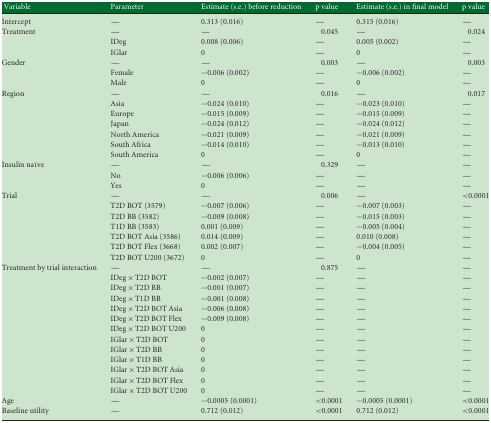
<table><thead><tr><td><b>Variable</b></td><td><b>Parameter</b></td><td><b>Estimate (s.e.) before reduction</b></td><td><b>p value</b></td><td><b>Estimate (s.e.) in final model</b></td><td><b>p value</b></td></tr></thead><tbody><tr><td>Intercept</td><td>—</td><td>0.313 (0.016)</td><td>—</td><td>0.315 (0.016)</td><td>—</td></tr><tr><td>Treatment</td><td>—</td><td>—</td><td>0.045</td><td>—</td><td>0.024</td></tr><tr><td></td><td>IDeg</td><td>0.008 (0.006)</td><td>—</td><td>0.005 (0.002)</td><td>—</td></tr><tr><td></td><td>IGlar</td><td>0</td><td>—</td><td>0</td><td>—</td></tr><tr><td>Gender</td><td>—</td><td>—</td><td>0.003</td><td>—</td><td>0.003</td></tr><tr><td></td><td>Female</td><td>−0.006 (0.002)</td><td>—</td><td>−0.006 (0.002)</td><td>—</td></tr><tr><td></td><td>Male</td><td>0</td><td>—</td><td>0</td><td>—</td></tr><tr><td>Region</td><td>—</td><td>—</td><td>0.016</td><td>—</td><td>0.017</td></tr><tr><td></td><td>Asia</td><td>−0.024 (0.010)</td><td>—</td><td>−0.023 (0.010)</td><td>—</td></tr><tr><td></td><td>Europe</td><td>−0.015 (0.009)</td><td>—</td><td>−0.015 (0.009)</td><td>—</td></tr><tr><td></td><td>Japan</td><td>−0.024 (0.012)</td><td>—</td><td>−0.024 (0.012)</td><td>—</td></tr><tr><td></td><td>North America</td><td>−0.021 (0.009)</td><td>—</td><td>−0.021 (0.009)</td><td>—</td></tr><tr><td></td><td>South Africa</td><td>−0.014 (0.010)</td><td>—</td><td>−0.013 (0.010)</td><td>—</td></tr><tr><td></td><td>South America</td><td>0</td><td>—</td><td>0</td><td>—</td></tr><tr><td>Insulin naïve</td><td>—</td><td>—</td><td>0.329</td><td>—</td><td>—</td></tr><tr><td></td><td>No</td><td>−0.006 (0.006)</td><td>—</td><td>—</td><td>—</td></tr><tr><td></td><td>Yes</td><td>0</td><td>—</td><td>—</td><td>—</td></tr><tr><td>Trial</td><td>—</td><td>—</td><td>0.006</td><td>—</td><td>&lt;0.0001</td></tr><tr><td></td><td>T2D BOT (3579)</td><td>−0.007 (0.006)</td><td>—</td><td>−0.007 (0.003)</td><td>—</td></tr><tr><td></td><td>T2D BB (3582)</td><td>−0.009 (0.008)</td><td>—</td><td>−0.015 (0.003)</td><td>—</td></tr><tr><td></td><td>T1D BB (3583)</td><td>0.001 (0.009)</td><td>—</td><td>−0.005 (0.004)</td><td>—</td></tr><tr><td></td><td>T2D BOT Asia (3586)</td><td>0.014 (0.009)</td><td>—</td><td>0.010 (0.008)</td><td>—</td></tr><tr><td></td><td>T2D BOT Flex (3668)</td><td>0.002 (0.007)</td><td>—</td><td>−0.004 (0.005)</td><td>—</td></tr><tr><td></td><td>T2D BOT U200 (3672)</td><td>0</td><td>—</td><td>0</td><td>—</td></tr><tr><td>Treatment by trial interaction</td><td>—</td><td>—</td><td>0.875</td><td>—</td><td>—</td></tr><tr><td></td><td>IDeg × T2D BOT</td><td>−0.002 (0.007)</td><td>—</td><td>—</td><td>—</td></tr><tr><td></td><td>IDeg × T2D BB</td><td>−0.001 (0.007)</td><td>—</td><td>—</td><td>—</td></tr><tr><td></td><td>IDeg × T1D BB</td><td>−0.001 (0.008)</td><td>—</td><td>—</td><td>—</td></tr><tr><td></td><td>IDeg × T2D BOT Asia</td><td>−0.006 (0.008)</td><td>—</td><td>—</td><td>—</td></tr><tr><td></td><td>IDeg × T2D BOT Flex</td><td>−0.009 (0.008)</td><td>—</td><td>—</td><td>—</td></tr><tr><td></td><td>IDeg × T2D BOT U200</td><td>0</td><td>—</td><td>—</td><td>—</td></tr><tr><td></td><td>IGlar × T2D BOT</td><td>0</td><td>—</td><td>—</td><td>—</td></tr><tr><td></td><td>IGlar × T2D BB</td><td>0</td><td>—</td><td>—</td><td>—</td></tr><tr><td></td><td>IGlar × T1D BB</td><td>0</td><td>—</td><td>—</td><td>—</td></tr><tr><td></td><td>IGlar × T2D BOT Asia</td><td>0</td><td>—</td><td>—</td><td>—</td></tr><tr><td></td><td>IGlar × T2D BOT Flex</td><td>0</td><td>—</td><td>—</td><td>—</td></tr><tr><td></td><td>IGlar × T2D BOT U200</td><td>0</td><td>—</td><td>—</td><td>—</td></tr><tr><td>Age</td><td>—</td><td>−0.0005 (0.0001)</td><td>&lt;0.0001</td><td>−0.0005 (0.0001)</td><td>&lt;0.0001</td></tr><tr><td>Baseline utility</td><td>—</td><td>0.712 (0.012)</td><td>&lt;0.0001</td><td>0.712 (0.012)</td><td>&lt;0.0001</td></tr></tbody></table>